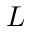
L